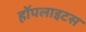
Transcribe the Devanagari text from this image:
हॉपलाइटस